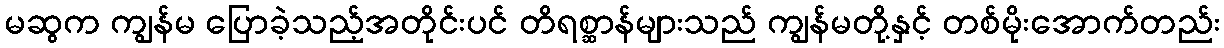
မဆွက ကျွန်မ ပြောခဲ့သည့်အတိုင်းပင် တိရစ္ဆာန်များသည် ကျွန်မတို့နှင့် တစ်မိုးအောက်တည်း